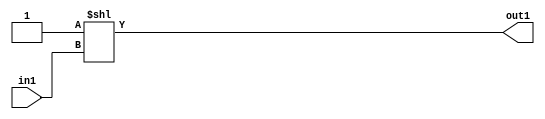
`timescale 1ps / 1ps
/*****************************************************************************
    Verilog RTL Description
    
    
    Created by: Stratus DpOpt 2019.1.01 
*******************************************************************************/

module DC_Filter_DECODE_8U_7_4 (
	in1,
	out1
	); /* architecture "behavioural" */ 
input [2:0] in1;
output [7:0] out1;
wire [7:0] asc001;

assign asc001 = 8'B00000001 << in1;

assign out1 = asc001;
endmodule

/* CADENCE  urjxTw8= : u9/ySgnWtBlWxVPRXgAZ4Og= ** DO NOT EDIT THIS LINE ******/